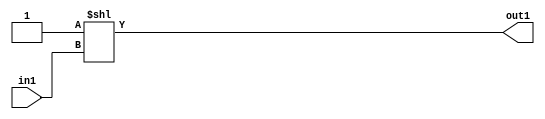
`timescale 1ps / 1ps
/*****************************************************************************
    Verilog RTL Description
    
    
    Created by: Stratus DpOpt 2019.1.01 
*******************************************************************************/

module DC_Filter_DECODE_8U_7_4 (
	in1,
	out1
	); /* architecture "behavioural" */ 
input [2:0] in1;
output [7:0] out1;
wire [7:0] asc001;

assign asc001 = 8'B00000001 << in1;

assign out1 = asc001;
endmodule

/* CADENCE  urjxTw8= : u9/ySgnWtBlWxVPRXgAZ4Og= ** DO NOT EDIT THIS LINE ******/